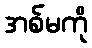
အစ်မကို